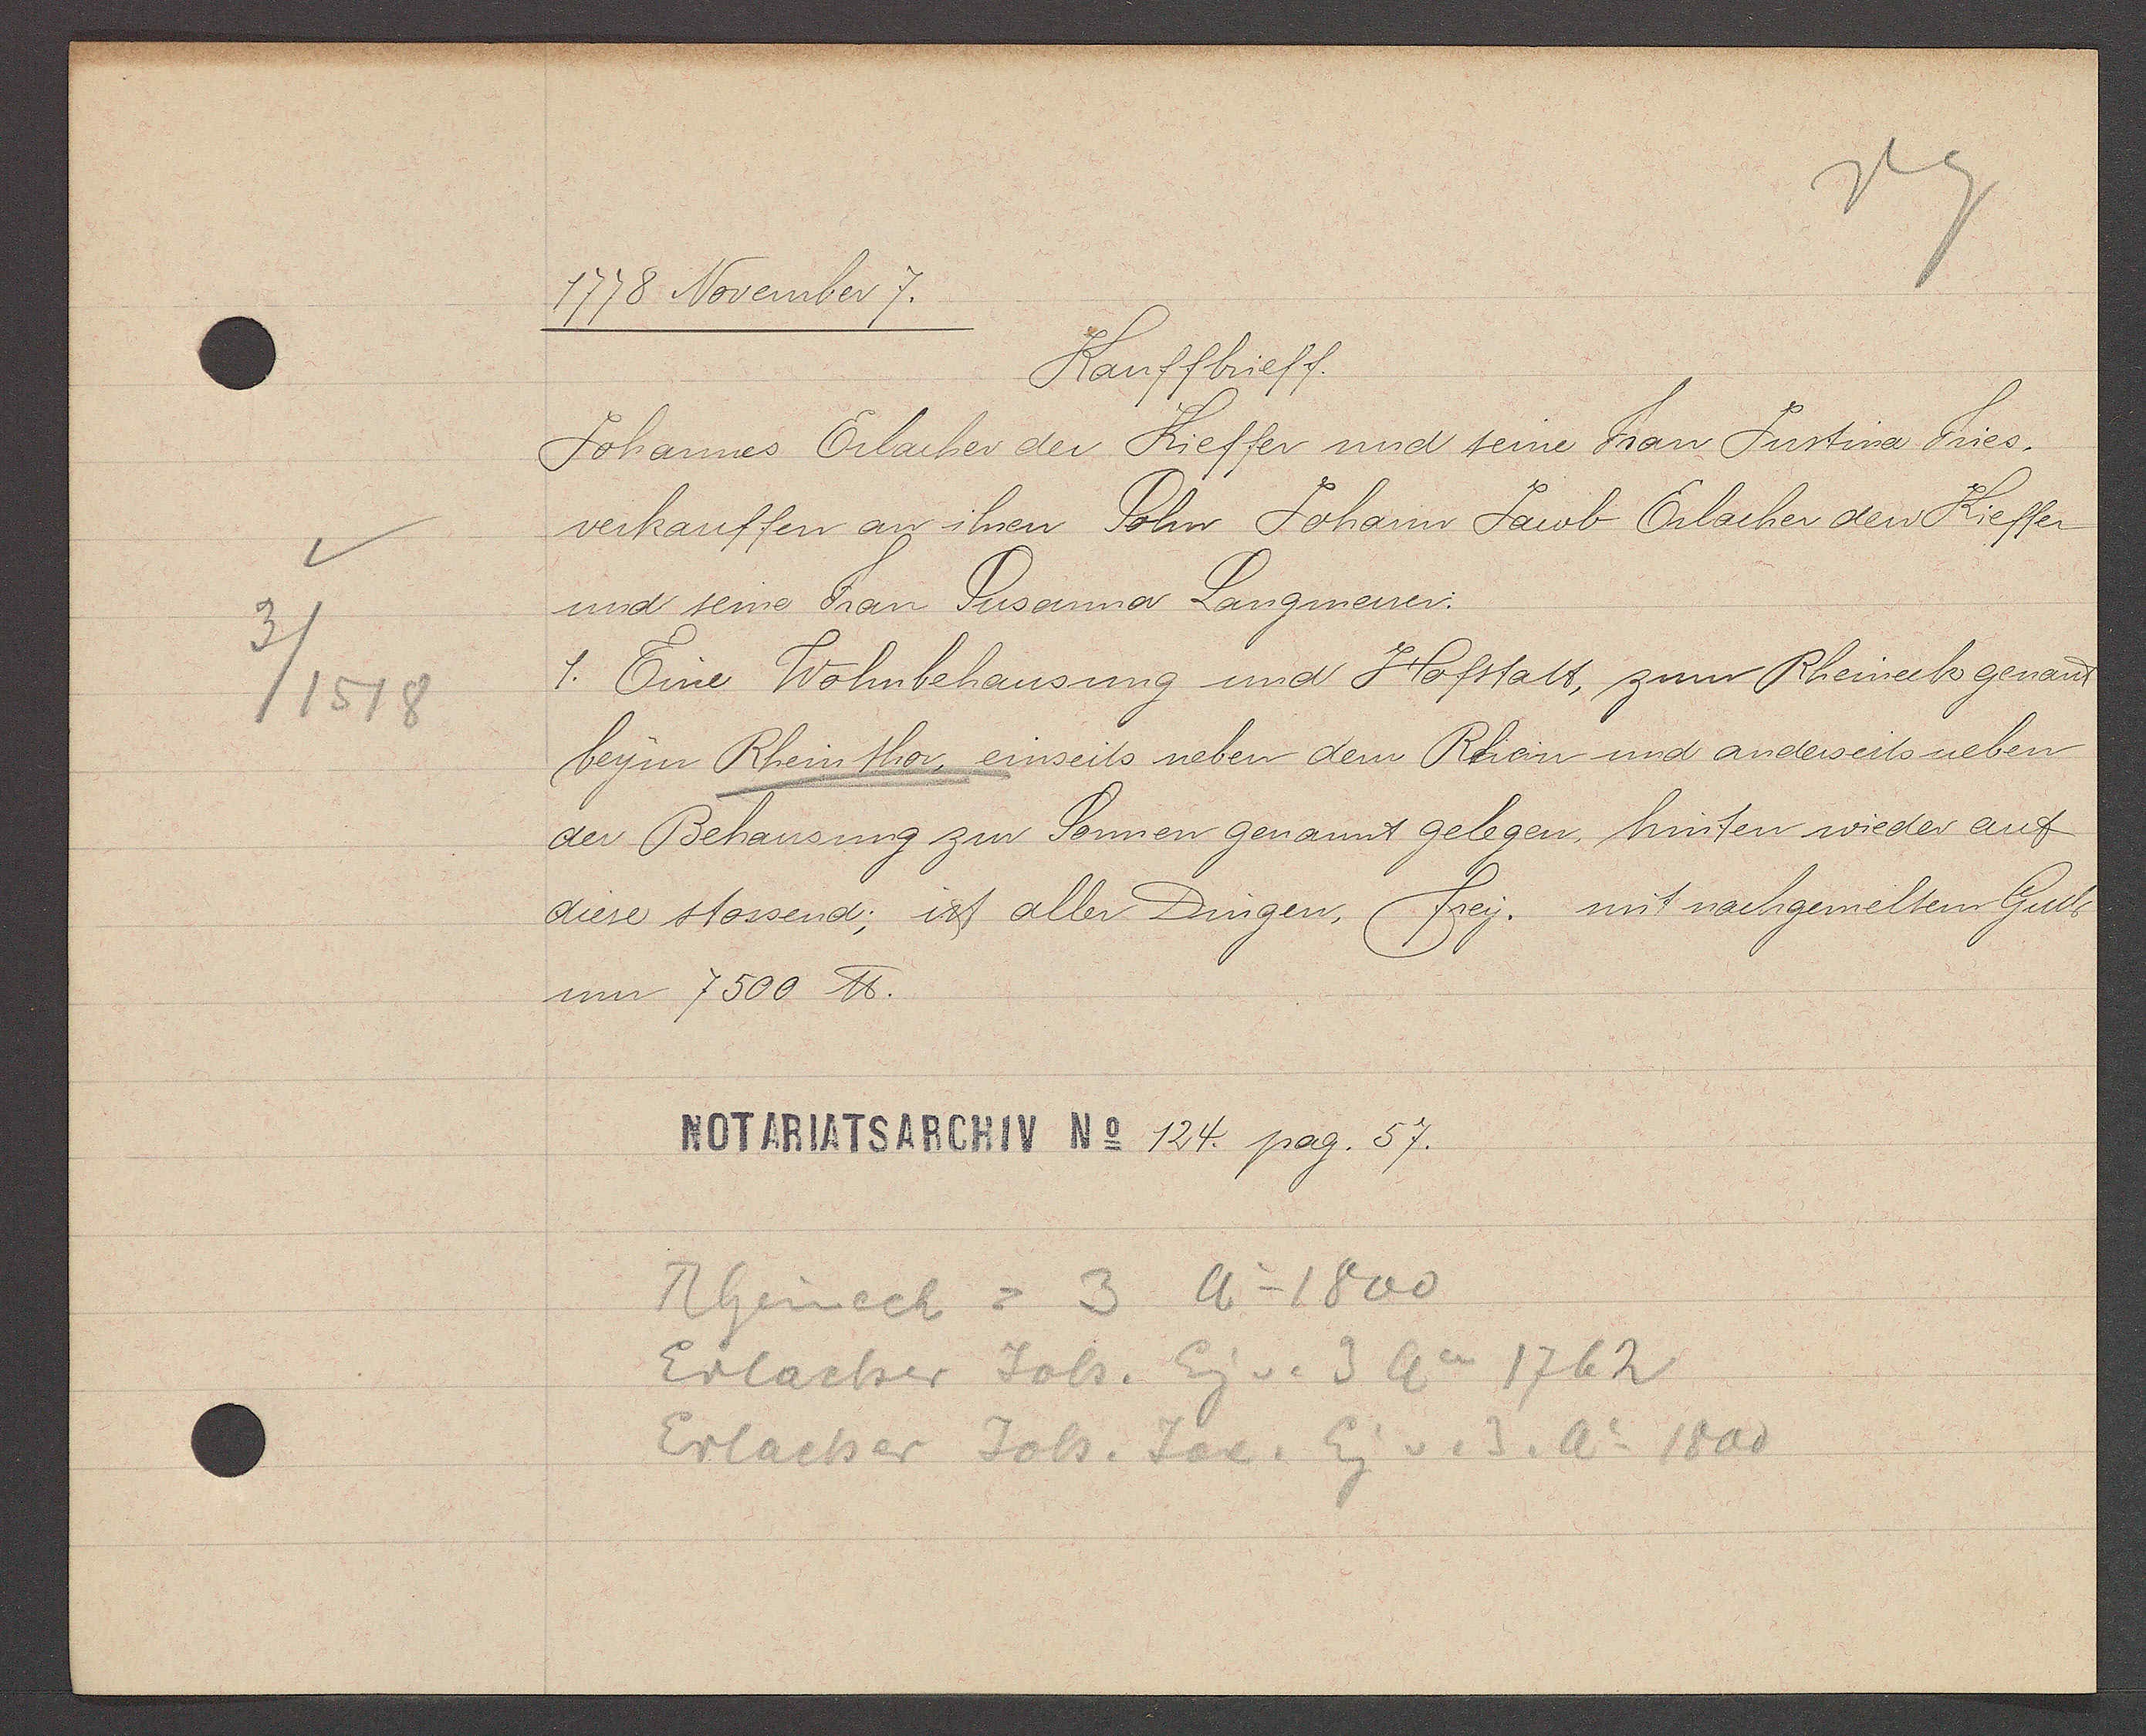
Transcript:
3
/1518

1778 November 7.

Kauffbrieff.
Johannes Erlacher der Kieffer und seine Frau Justina Fries,
verkauffen an ihren Sohn Johann Jacob Erlacher den Kieffer
und seine Frau Susanna Langmesser.
1. Eine Wohnbehausung und Hofstatt, zum Rheineck genant,
beym Rheinthor, einseits neben dem Rhein und anderseits neben
der Behausung zur Sonnen genannt gelegen, hinten wieder auf
diese stossend; ist aller Dingen, Frey. mit nachgemeltem Gult
um 7500 ℔

Notariatsarchiv No 124. pag. 57

Rheinech = 3 Ao 1800
Erlacher Joh. Eig v. 3 Ao 1762
Erlacher Joh. Jac. Eg v. 3. Ao 1800